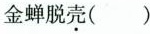
金蝉脱壳( )